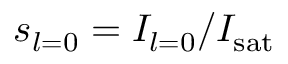
s _ { l = 0 } = I _ { l = 0 } / I _ { \mathrm { s a t } }